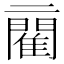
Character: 𨶄